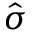
\hat { \sigma }